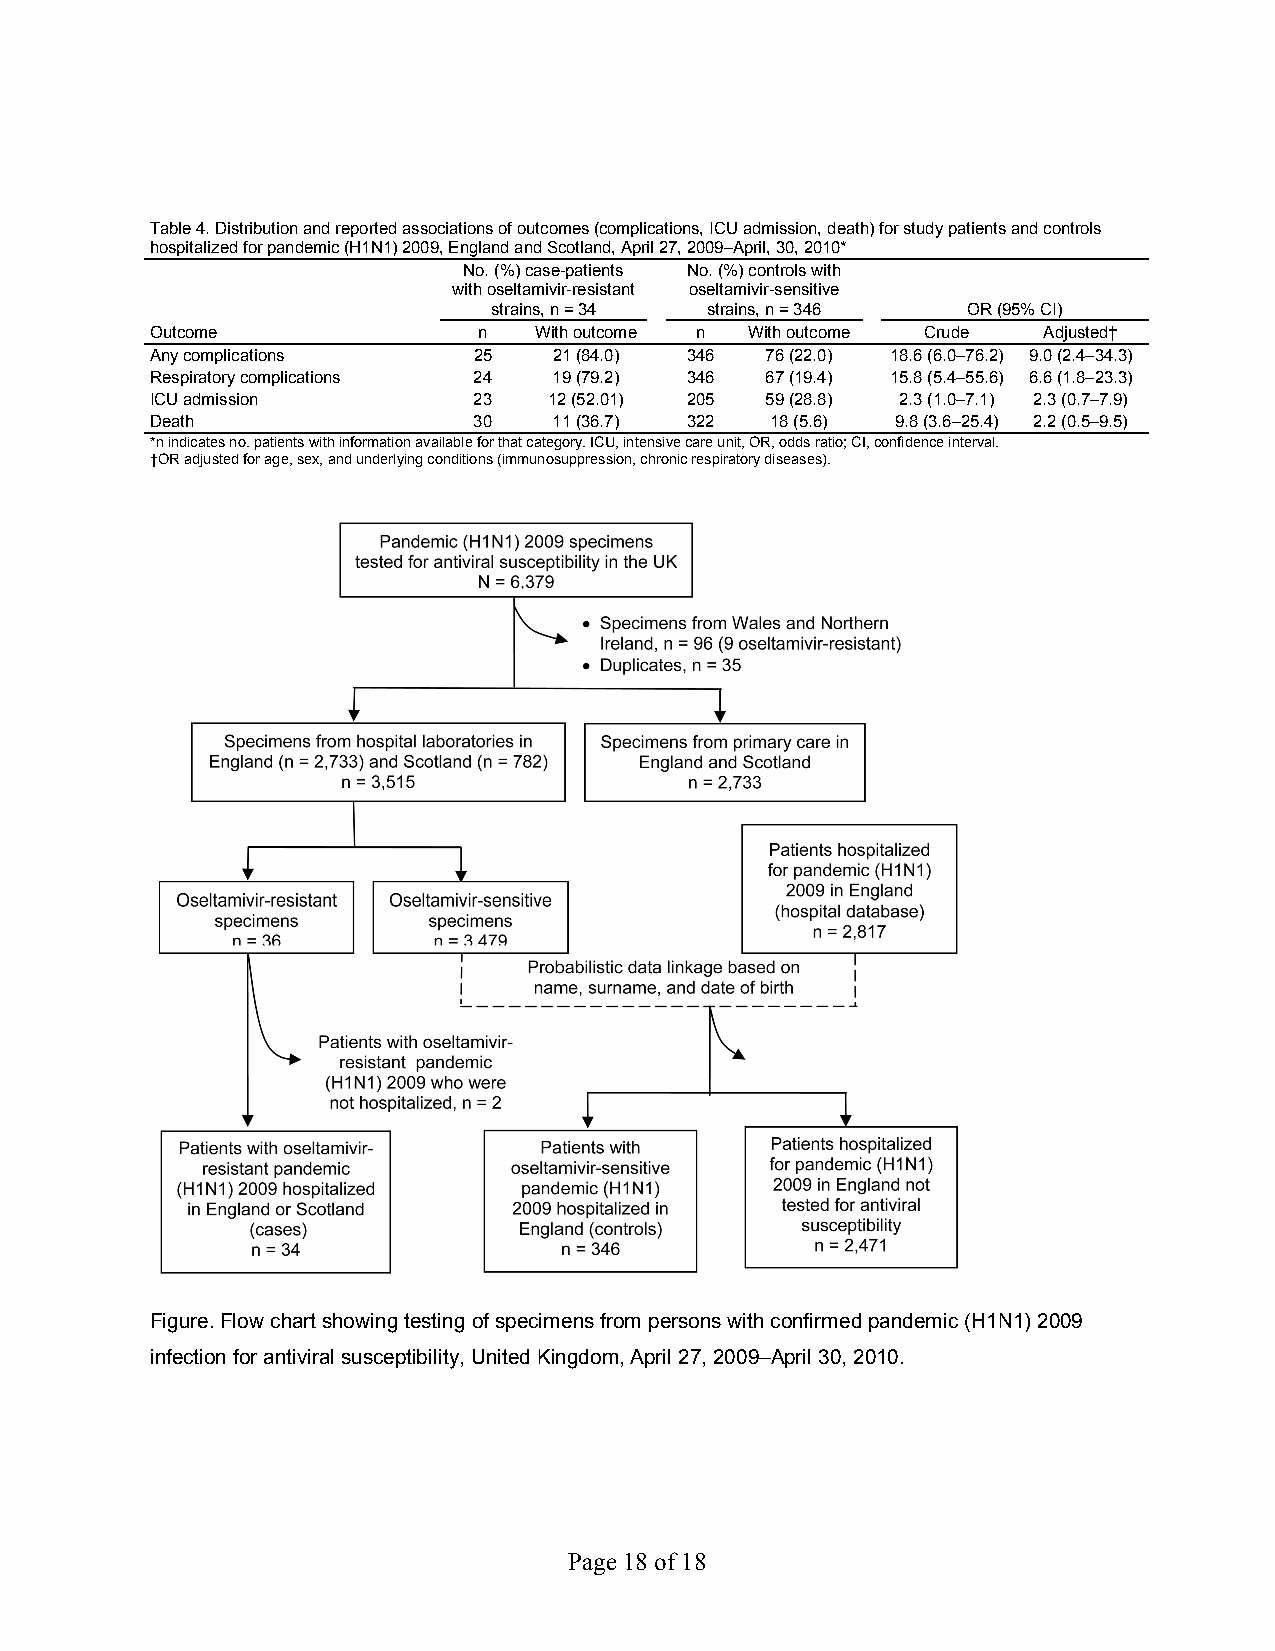
Table 4. Distribution and reported associations of outcomes (complications, ICU admission, death) for study patients and controls
 hospitalized for pandemic (H1N1) 2009, England and Scotland, April 27, 2009–April, 30, 2010*
 No. (%) case-patients No. (%) controls with
 with oseltamivir-resistant oseltamivir-sensitive
 strains, n = 34 strains, n = 346 OR (95% CI)
 Outcome               n  With outcome n With outcome Crude Adjusted†
 Any complications    25    21 (84.0) 346 76 (22.0) 18.6 (6.0–76.2) 9.0 (2.4–34.3)
 Respiratory complications 24 19 (79.2) 346 67 (19.4) 15.8 (5.4–55.6) 6.6 (1.8–23.3)
 ICU admission        23   12 (52.01) 205 59 (28.8) 2.3 (1.0–7.1) 2.3 (0.7–7.9)
 Death                30    11 (36.7) 322 18 (5.6) 9.8 (3.6–25.4) 2.2 (0.5–9.5)
 *n indicates no. patients with information available for that category. ICU, intensive care unit, OR, odds ratio; CI, confidence interval.
 †OR adjusted for age, sex, and underlying conditions (immunosuppression, chronic respiratory diseases).
 Figure. Flow chart showing testing of specimens from persons with confirmed pandemic (H1N1) 2009
 infection for antiviral susceptibility, United Kingdom, April 27, 2009–April 30, 2010.
 Page 18 of 18